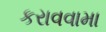
કરાવવામા